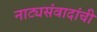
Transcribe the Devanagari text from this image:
नाट्यसंवादांची